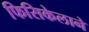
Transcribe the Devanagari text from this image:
फिसिकेलाने